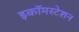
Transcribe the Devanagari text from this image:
इकॉमस्टेशन